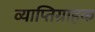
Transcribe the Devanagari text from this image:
व्याप्तिग्राहक